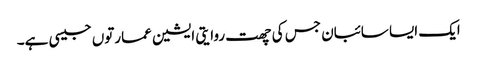
ایک ایسا سائبان جس کی چھت روایتی ایشین عمارتوں جیسی ہے۔